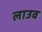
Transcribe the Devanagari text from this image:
लाउव